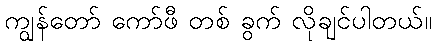
ကျွန်တော် ကော်ဖီ တစ် ခွက် လိုချင်ပါတယ်။